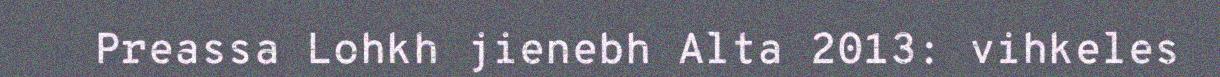
Preassa Lohkh jienebh Alta 2013: vihkeles